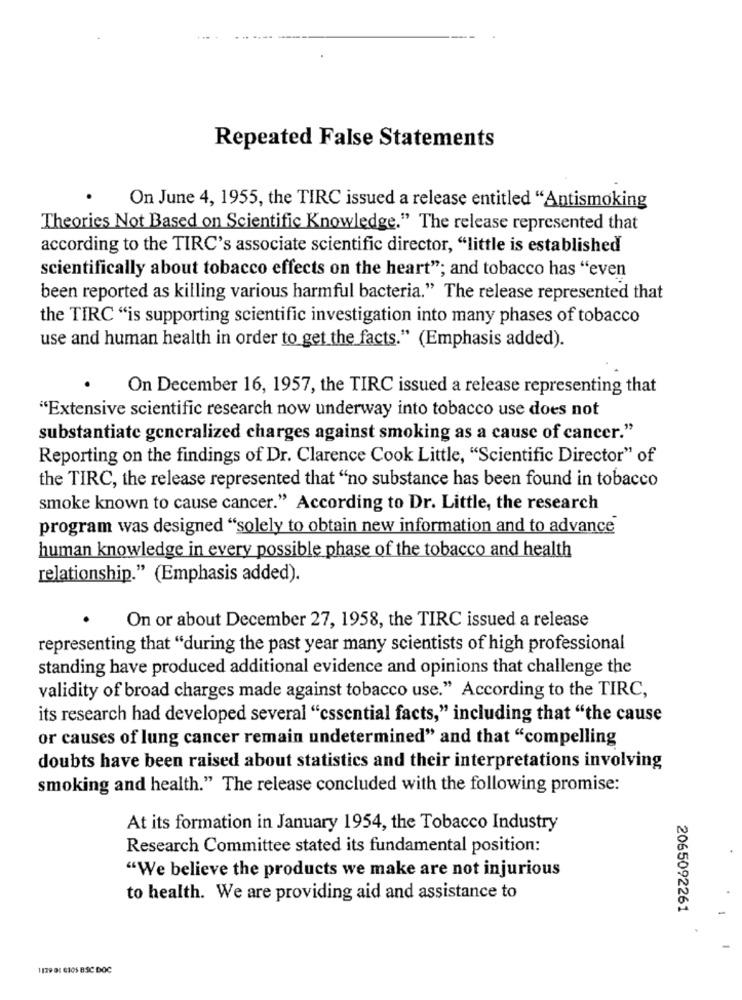
Repeated False Statements
On June 4, 1955, the TIRC issued a release entitled "Antismoking
Theories Not Based on Scientific Knowledge." The release represented that
according to the TIRC's associate scientific director, "little is established
scientifically about tobacco effects on the heart"; and tobacco has "even
been reported as killing various harmful bacteria." The release represented that
the TIRC "is supporting scientific investigation into many phases of tobacco
use and human health in order to get the facts." (Emphasis added).
On December 16, 1957, the TIRC issued a release representing that
"Extensive scientific research now underway into tobacco use does not
substantiate generalized charges against smoking as a cause of cancer."
Reporting on the findings of Dr. Clarence Cook Little, "Scientific Director" of
the TIRC, the release represented that "no substance has been found in tobacco
smoke known to cause cancer." According to Dr. Little, the research
program was designed "solely to obtain new information and to advance
human knowledge in every possible phase of the tobacco and health
relationship." (Emphasis added).
On or about December 27, 1958, the TIRC issued a release
representing that "during the past year many scientists of high professional
standing have produced additional evidence and opinions that challenge the
validity of broad charges made against tobacco use." According to the TIRC,
its research had developed several "cssential facts," including that "the cause
or causes of lung cancer remain undetermined" and that "compelling
doubts have been raised about statistics and their interpretations involving
smoking and health." The release concluded with the following promise:
At its formation in January 1954, the Tobacco Industry
Research Committee stated its fundamental position:
"We believe the products we make are not injurious
to health. We are providing aid and assistance to
2065092261
1139 01 6105 BSC DOC